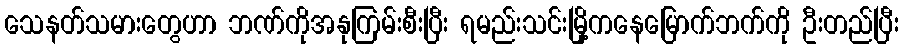
သေနတ်သမားတွေဟာ ဘဏ်ကိုအနုကြမ်းစီးပြီး ရမည်းသင်းမြို့ကနေမြောက်ဘက်ကို ဦးတည်ပြီး